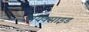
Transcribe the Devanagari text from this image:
डायक्साइड